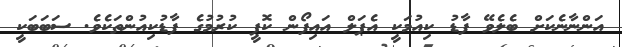
އަންނާނެކަށް ބެލެވޭ ފާޑު ކިއުމަކީ އެޕަލް އައިފޯން ކޮޕީ ކުރުމުގެ ފާޑުކިއުންތަކެވެ. ސަބަބަކީ